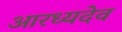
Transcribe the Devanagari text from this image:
आरध्यदेव